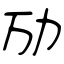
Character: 劢